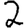
Digit: 2